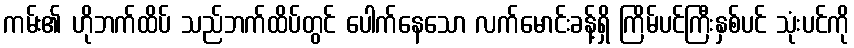
ကမ်း၏ ဟိုဘက်ထိပ် သည်ဘက်ထိပ်တွင် ပေါက်နေသော လက်မောင်းခန့်ရှိ ကြိမ်ပင်ကြီးနှစ်ပင် သုံးပင်ကို